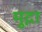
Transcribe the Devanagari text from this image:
मुद्गा